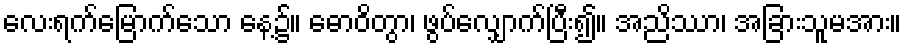
လေးရက်မြောက်သော နေ့၌။ ဓောဝိတွာ၊ ဖွပ်လျှောက်ပြီး၍။ အညိဿာ၊ အခြားသူမအား။